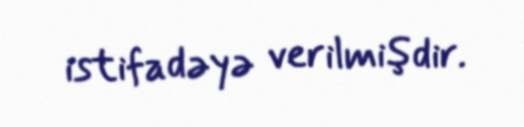
istifadəyə verilmişdir.